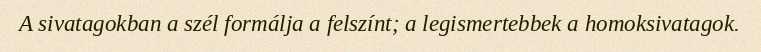
A sivatagokban a szél formálja a felszínt; a legismertebbek a homoksivatagok.